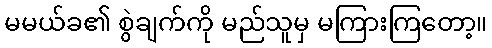
မမယ်ခ၏ စွဲချက်ကို မည်သူမှ မကြားကြတော့။